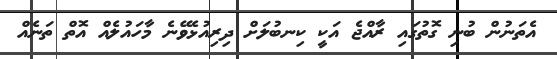
އެތަނުން ބުނި ގޮތުގައި ރާއްޖެ އަކީ ކިނބުލަށް ދިރިއުޅެވޭނެ މާހައުލެއް އޮތް ތަނެއް